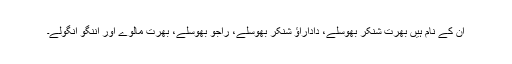
ان کے نام ہیں بھرت شنکر بھوسلے، داداراؤ شنکر بھوسلے، راجو بھوسلے، بھرت مالوے اور اننگو انگولے۔